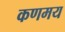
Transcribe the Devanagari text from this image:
कणमय